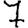
Digit: 7